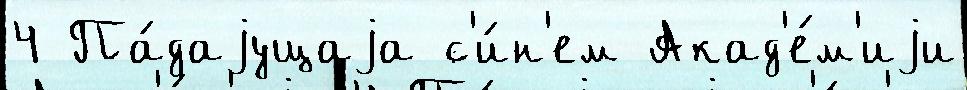
4 Па́даjущаjа с'и́н'ем Акад'е́м'иjи